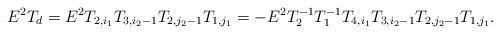
LaTeX: \begin{align*} E^2T_d=E^2T_{2,i_1}T_{3,i_2-1}T_{2,j_2-1}T_{1,j_1}=-E^2T_2^{-1}T_1^{-1}T_{4,i_1}T_{3,i_2-1}T_{2,j_2-1}T_{1,j_1}.\end{align*}